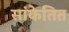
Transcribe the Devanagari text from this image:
सांकेतित